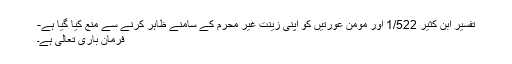
تفسیر ابن کثیر 1/522 اور مومن عورتیں کو اپنی زینت غیر محرم کے سامنے ظاہر کرنے سے منع کیا گیا ہے-
فرمان باری تعالی ہے۔